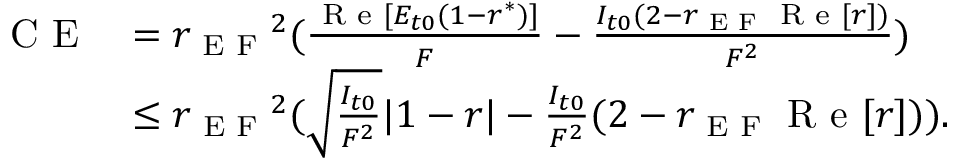
\begin{array} { r l } { \textrm { C E } } & { = { r _ { \textrm { E F } } } ^ { 2 } ( \frac { \textrm { R e } [ E _ { t 0 } ( 1 - r ^ { * } ) ] } { F } - \frac { I _ { t 0 } ( 2 - r _ { \textrm { E F } } \textrm { R e } [ r ] ) } { F ^ { 2 } } ) } \\ & { \leq { r _ { \textrm { E F } } } ^ { 2 } ( \sqrt { \frac { I _ { t 0 } } { F ^ { 2 } } } | 1 - r | - \frac { I _ { t 0 } } { F ^ { 2 } } ( 2 - r _ { \textrm { E F } } \textrm { R e } [ r ] ) ) . } \end{array}